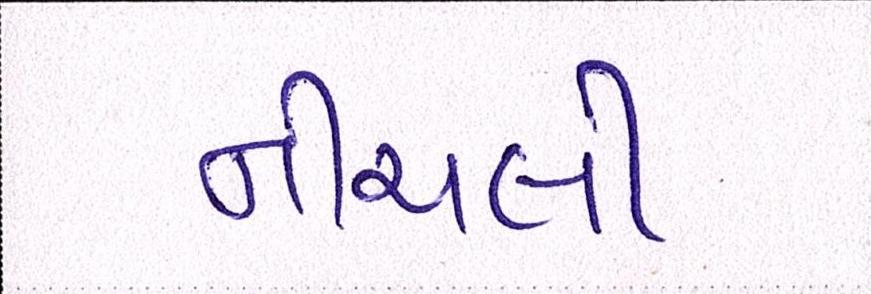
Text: નીચલી